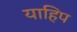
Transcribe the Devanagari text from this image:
याहिप